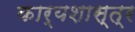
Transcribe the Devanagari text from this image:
कार्यशास्त्र